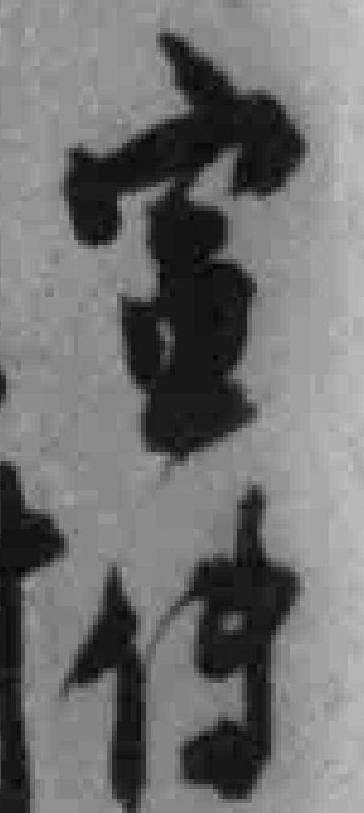
宣传